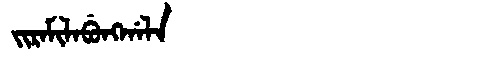
Manchu: ᠵᡳᡵᠠᠮᡳᠯᠠᠪᡠᠩᡤᠠᠯᠠ
Romanization: JIRAMILABUNGGALA